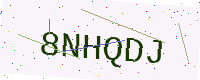
Text: 8NHQDJ